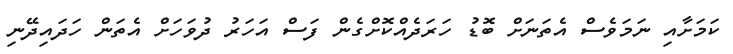
ކަމަށާއި ނަމަވެސް އެތަނަށް ބޮޑު ހަރަދެއްކޮށްގެން ފަސް އަހަރު ދުވަހަށް އެތަން ހަދައިދޭނި